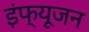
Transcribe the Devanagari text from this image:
इंफ्यूजन